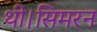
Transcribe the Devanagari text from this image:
थी।सिमरन